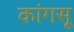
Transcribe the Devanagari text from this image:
कांगसू